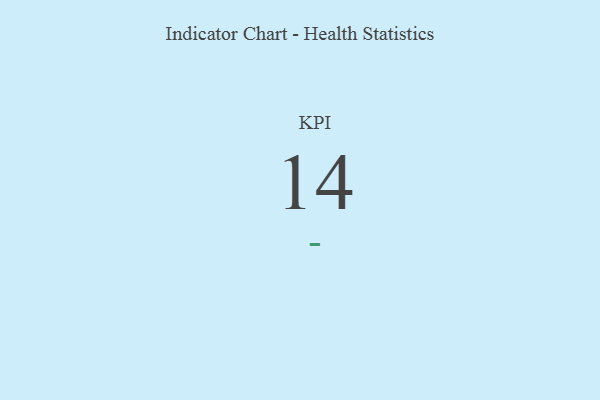
{"axis": {"x": "KPI", "y": "Value"}, "legend": [""], "data": [{"x": "KPI", "y": 14, "type": ""}]}